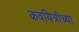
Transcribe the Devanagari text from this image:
कवयित्रीच्या